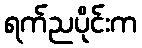
ရက်ညပိုင်းက